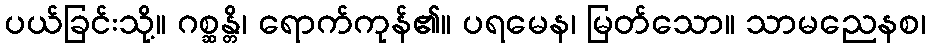
ပယ်ခြင်းသို့။ ဂစ္ဆန္တိ၊ ရောက်ကုန်၏။ ပရမေန၊ မြတ်သော။ သာမညေနစ၊